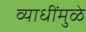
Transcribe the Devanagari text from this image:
व्याधींमुळे